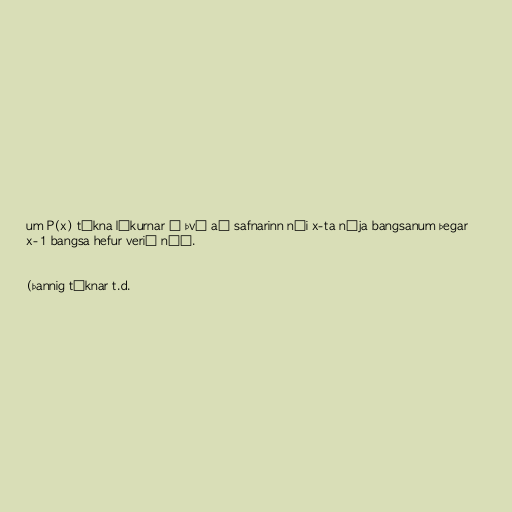
um P(x) tákna líkurnar á því að safnarinn nái x-ta nýja bangsanum þegar
x-1 bangsa hefur verið náð.

(þannig táknar t.d.